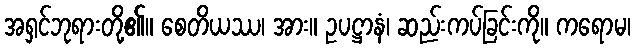
အရှင်ဘုရားတို့၏။ စေတိယဿ၊ အား။ ဥပဋ္ဌာနံ၊ ဆည်းကပ်ခြင်းကို။ ကရောမ၊